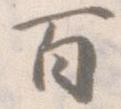
百